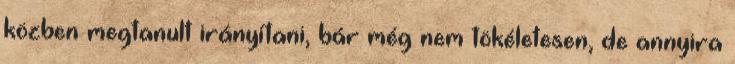
közben megtanult irányítani, bár még nem tökéletesen, de annyira